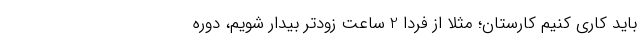
باید کاری کنیم کارستان؛ مثلاً از فردا 2 ساعت زودتر بیدار شویم، دوره